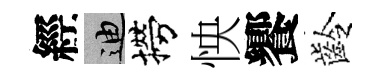
經迪撈怏饗齡